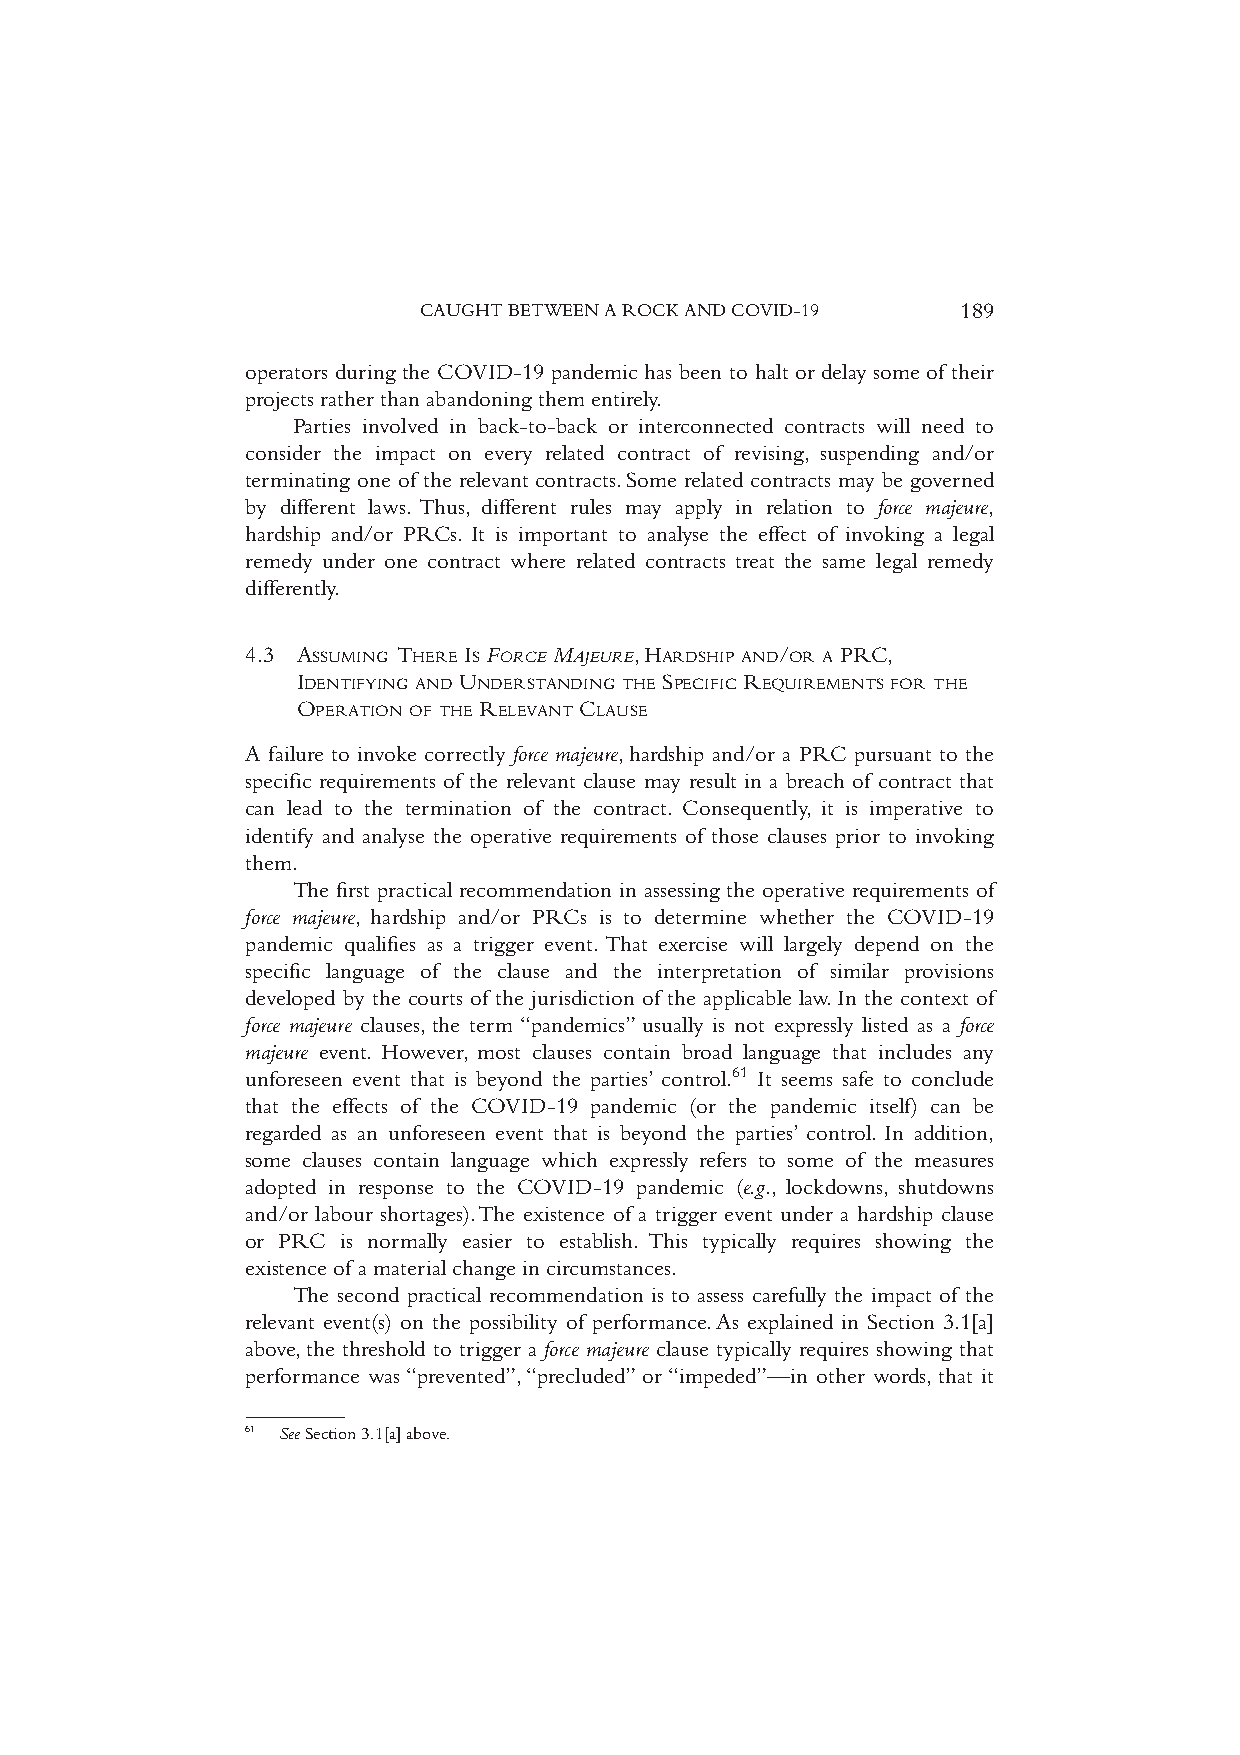
CAUGHTBETWEENAROCKANDCOVID-19       189
 operators during the COVID-19 pandemic has been to halt or delay some of their
 projects rather than abandoning them entirely.
 Parties involved in back-to-back or interconnected contracts will need to
 consider the impact on every related contract of revising, suspending and/or
 terminating one of the relevant contracts.Some related contracts may be governed
 by different laws. Thus, different rules may apply in relation to force majeure,
 hardship and/or PRCs. It is important to analyse the effect of invoking a legal
 remedy under one contract where related contracts treat the same legal remedy
 differently.
 4.3 ASSUMING THERE IS FORCE MAJEURE,HARDSHIP AND/OR A PRC,
 IDENTIFYING AND UNDERSTANDING THE SPECIFIC REQUIREMENTS FOR THE
 OPERATION OF THE RELEVANT CLAUSE
 A failure to invoke correctly force majeure,hardship and/or a PRC pursuant to the
 specific requirements of the relevant clause may result in a breach of contract that
 can lead to the termination of the contract. Consequently, it is imperative to
 identify and analyse the operative requirements of those clauses prior to invoking
 them.
 The first practical recommendation in assessing the operative requirements of
 force majeure, hardship and/or PRCs is to determine whether the COVID-19
 pandemic qualifies as a trigger event.That exercise will largely depend on the
 specific language of the clause and the interpretation of similar provisions
 developed by the courts of the jurisdiction of the applicable law.In the context of
 force majeure clauses, the term “pandemics” usually is not expressly listed as a force
 majeure event. However, most clauses contain broad language that includes any
 unforeseen event that is beyond the parties’ control.61 It seems safe to conclude
 that the effects of the COVID-19 pandemic (or the pandemic itself) can be
 regarded as an unforeseen event that is beyond the parties’ control. In addition,
 some clauses contain language which expressly refers to some of the measures
 adopted in response to the COVID-19 pandemic (e.g., lockdowns, shutdowns
 and/or labour shortages).The existence of a trigger event under a hardship clause
 or PRC is normally easier to establish. This typically requires showing the
 existence of a material change in circumstances.
 The second practical recommendation is to assess carefully the impact of the
 relevant event(s) on the possibility of performance.As explained in Section 3.1[a]
 above,the threshold to trigger a force majeure clause typically requires showing that
 performance was“prevented”,“precluded”or“impeded”—in other words,that it
 61 SeeSection3.1[a]above.